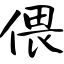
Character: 偎